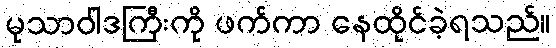
မုသာဝါဒကြီးကို ဖက်ကာ နေထိုင်ခဲ့ရသည်။